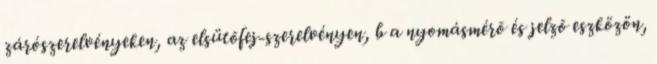
zárószerelvényeken, az elsütõfej-szerelvényen, b a nyomásmérõ és jelzõ eszközön,